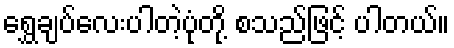
ရွှေချပ်လေးပါတဲ့ပုံတို့ စသည်ဖြင့် ပါတယ်။